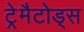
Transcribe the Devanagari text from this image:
ट्रेमैटोड्स